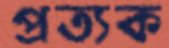
প্রত্যক